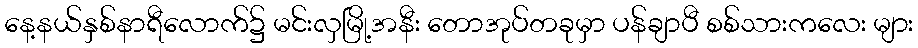
နေ့နယ်နှစ်နာရီလောက်၌ မင်းလှမြို့အနီး တောအုပ်တခုမှာ ပန်ချာပီ စစ်သားကလေး များ